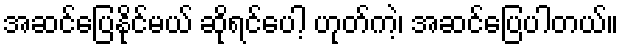
အဆင်ပြေနိုင်မယ် ဆိုရင်ပေါ့ ဟုတ်ကဲ့၊ အဆင်ပြေပါတယ်။